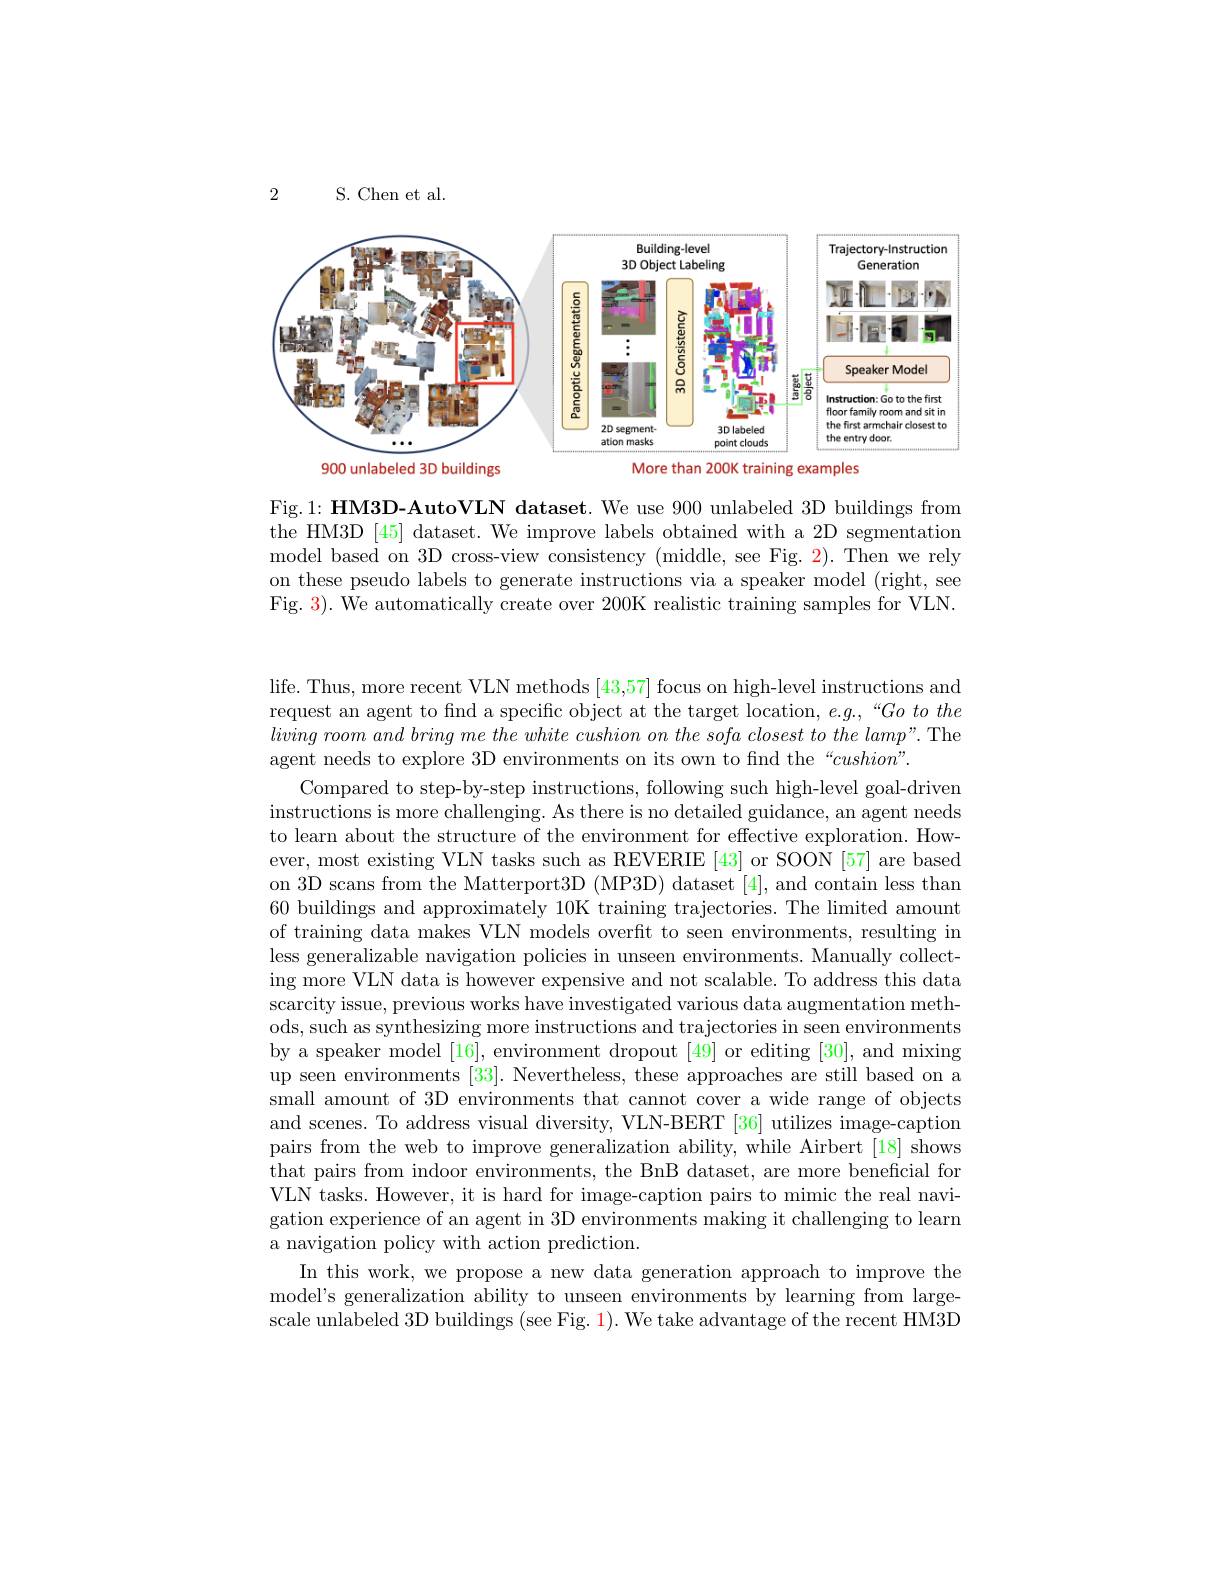
2

S.Chen et al.

<FigureHere>
900 unlabeled 3D buildings
training examples

Fig.1: HM3D-AutoVLN dataset. We use 900 unlabeled 3D buildings from the HM3D [45] dataset. We improve labels obtained with a 2D segmentation model based on 3D cross-view consistency (middle, see Fig. 2). Then we rely on these pseudo labels to generate instructions via a speaker model (right, see Fig. 3). We automatically create over 200K realistic training samples for VLN.

life. Thus, more recent VLN methods [43,57] focus on high-level instructions and request an agent to find a specific object at the target location, e.g.,“Go to the $living\textit{ room and bring me the white cushion on the sofa closest to the lamp" . The}$ agent needs to explore 3D environments on its own to find the “cushion”.
Compared to step-by-step instructions, following such high-level goal-driven instructions is more challenging. As there is no detailed guidance, an agent needs to learn about the structure of the environment for effective exploration. However, most existing VLN tasks such as REVERIE [43] or SOON [57] are based on 3D scans from the Matterport3D (MP3D) dataset [4], and contain less than 60 buildings and approximately 10K training trajectories. The limited amount of training data makes VLN models overfit to seen environments, resulting in less generalizable navigation policies in unseen environments. Manually collecting more VLN data is however expensive and not scalable. To address this data scarcity issue, previous works have investigated various data augmentation methods, such as synthesizing more instructions and trajectories in seen environments by a speaker model [16], environment dropout [49] or editing [30], and mixing up seen environments [33]. Nevertheless, these approaches are still based on a small amount of 3D environments that cannot cover a wide range of objects and scenes. To address visual diversity, VLN-BERT [36] utilizes image-caption pairs from the web to improve generalization ability, while Airbert [18] shows that pairs from indoor environments, the BnB dataset, are more beneficial for VLN tasks. However, it is hard for image-caption pairs to mimic the real navigation experience of an agent in 3D environments making it challenging to learn a navigation policy with action prediction.
In this work, we propose a new data generation approach to improve the model's generalization ability to unseen environments by learning from largescale unlabeled 3D buildings (see Fig. 1). We take advantage of the recent HM3D